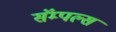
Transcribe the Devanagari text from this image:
सॅम्पल्स